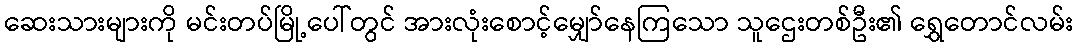
ဆေးသားများကို မင်းတပ်မြို့ပေါ်တွင် အားလုံးစောင့်မျှော်နေကြသော သူဌေးတစ်ဦး၏ ရွှေတောင်လမ်း